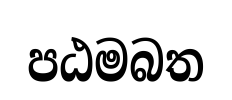
පඨමබත